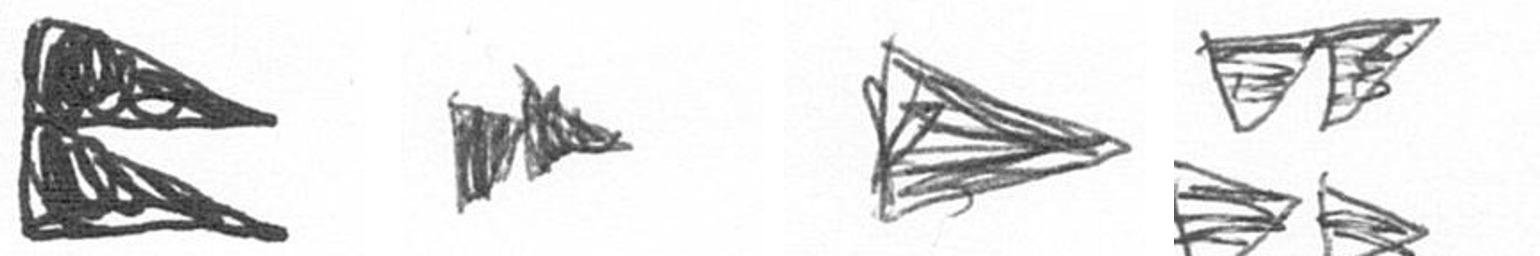
P A T B